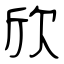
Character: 欣